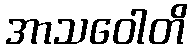
အာသဝေါတိ